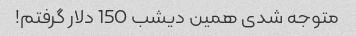
متوجه شدی همین دیشب 150 دلار گرفتم!